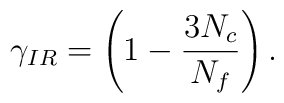
\gamma _{IR}=\left( 1-\frac{3N_{c}}{N_{f}}\right) .